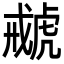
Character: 𧇑